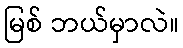
မြစ် ဘယ်မှာလဲ။